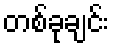
တစ်ခုချင်း